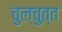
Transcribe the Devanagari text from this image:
चुल्चुत्त